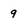
Character: q